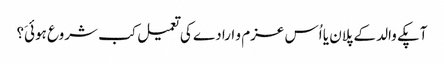
آپکے والد کے پلان یا اُس عزم و ارادے کی تعمیل کب شروع ہوئیَ؟